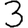
Digit: 3